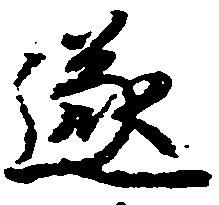
遂